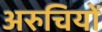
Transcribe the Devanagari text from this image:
अरुचियों